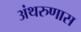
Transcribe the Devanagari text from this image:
अंथरुणास